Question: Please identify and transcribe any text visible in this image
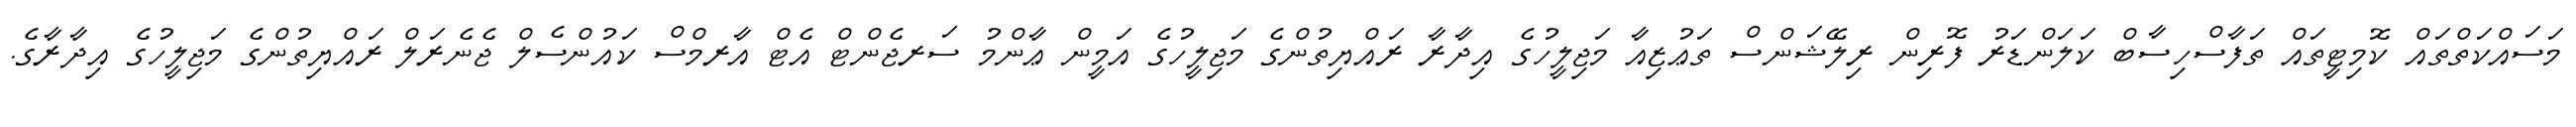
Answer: މަސައްކަތްތައް ކޮމިޓީތައް ތަފާސްހިސާބް ކަލަންޑަރު ފޮރިން ރިލޭޝަންސް ތަޢުޒިއާ މަޖިލީހުގެ އިދާރާ ރައްޔިތުންގެ މަޖިލީހުގެ އަމީން ޢާންމު ސަރޖެންޓް އެޓް އާރމްސް ކައުންސެލް ޖެނެރަލް ރައްޔިތުންގެ މަޖިލީހުގެ އިދާރާގެ.